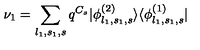
\nu _ { 1 } = \sum _ { l _ { 1 } , s _ { 1 } , s } q ^ { C _ { s } } | \phi _ { l _ { 1 } , s _ { 1 } , s } ^ { ( 2 ) } \rangle \langle \phi _ { l _ { 1 } , s _ { 1 } , s } ^ { ( 1 ) } |